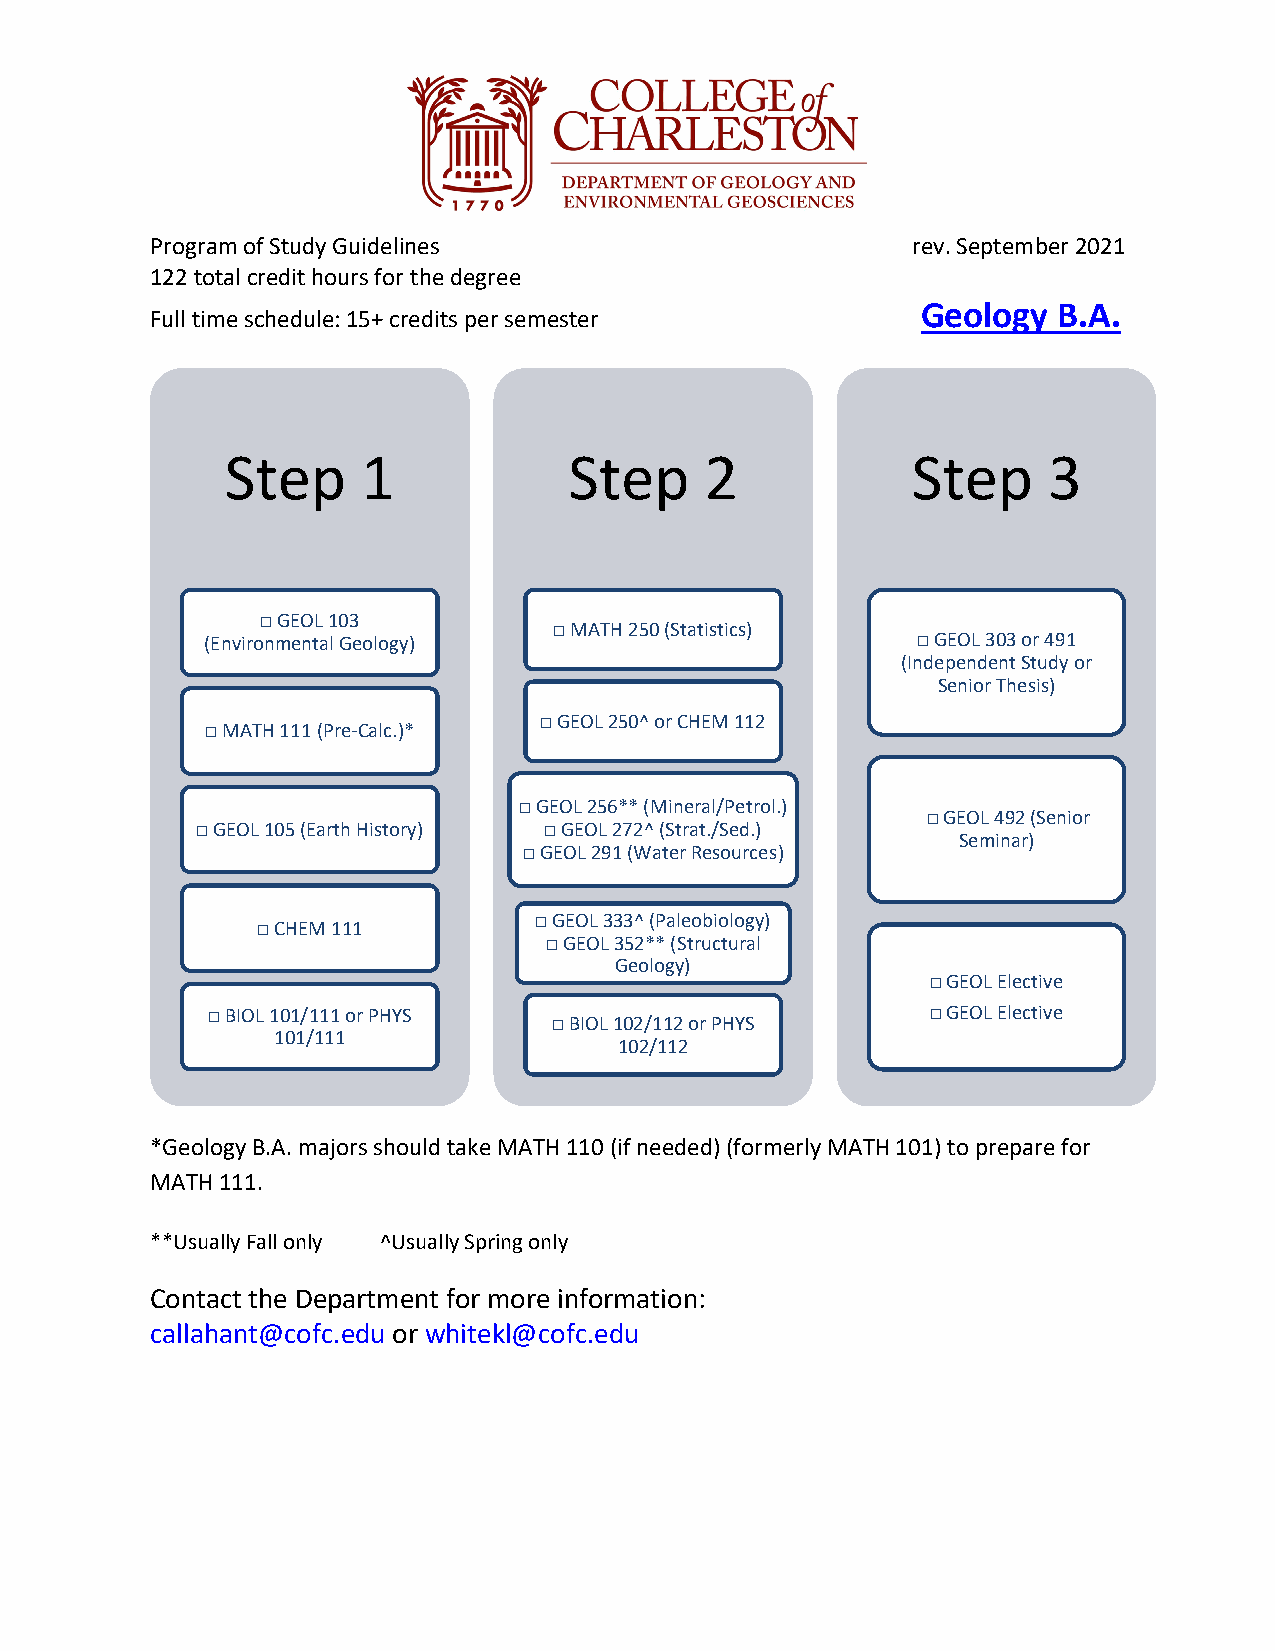
Program of Study Guidelines                       rev. September 2021
 122 total credit hours for the degree
 Geology  B.A.
 Full time schedule: 15+ credits per semester
 Step     1             Step     2            Step     3
 □ GEOL 103
 □ MATH 250 (Statistics)
 (Environmental Geology)                        □ GEOL 303 or 491
 (Independent Study or
 Senior Thesis)
 □ GEOL 250^ or CHEM 112
 □ MATH 111 (Pre-Calc.)*
 □ GEOL 256** (Mineral/Petrol.)
 □ GEOL 492 (Senior
 □ GEOL 105 (Earth History) □ GEOL 272^ (Strat./Sed.)
 Seminar)
 □ GEOL 291 (Water Resources)
 □ CHEM 111
 □ GEOL 333^ (Paleobiology)
 □ GEOL 352** (Structural
 Geology)
 □ GEOL Elective
 □ BIOL 101/111 or PHYS                          □ GEOL Elective
 □ BIOL 102/112 or PHYS
 101/111
 102/112
 *Geology B.A. majors should take MATH 110 (if needed) (formerly MATH 101) to prepare for
 MATH 111.
 **Usually Fall only ^Usually Spring only
 Contact the Department for more information:
 callahant@cofc.edu or whitekl@cofc.edu